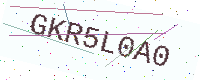
Text: GKR5L0A0